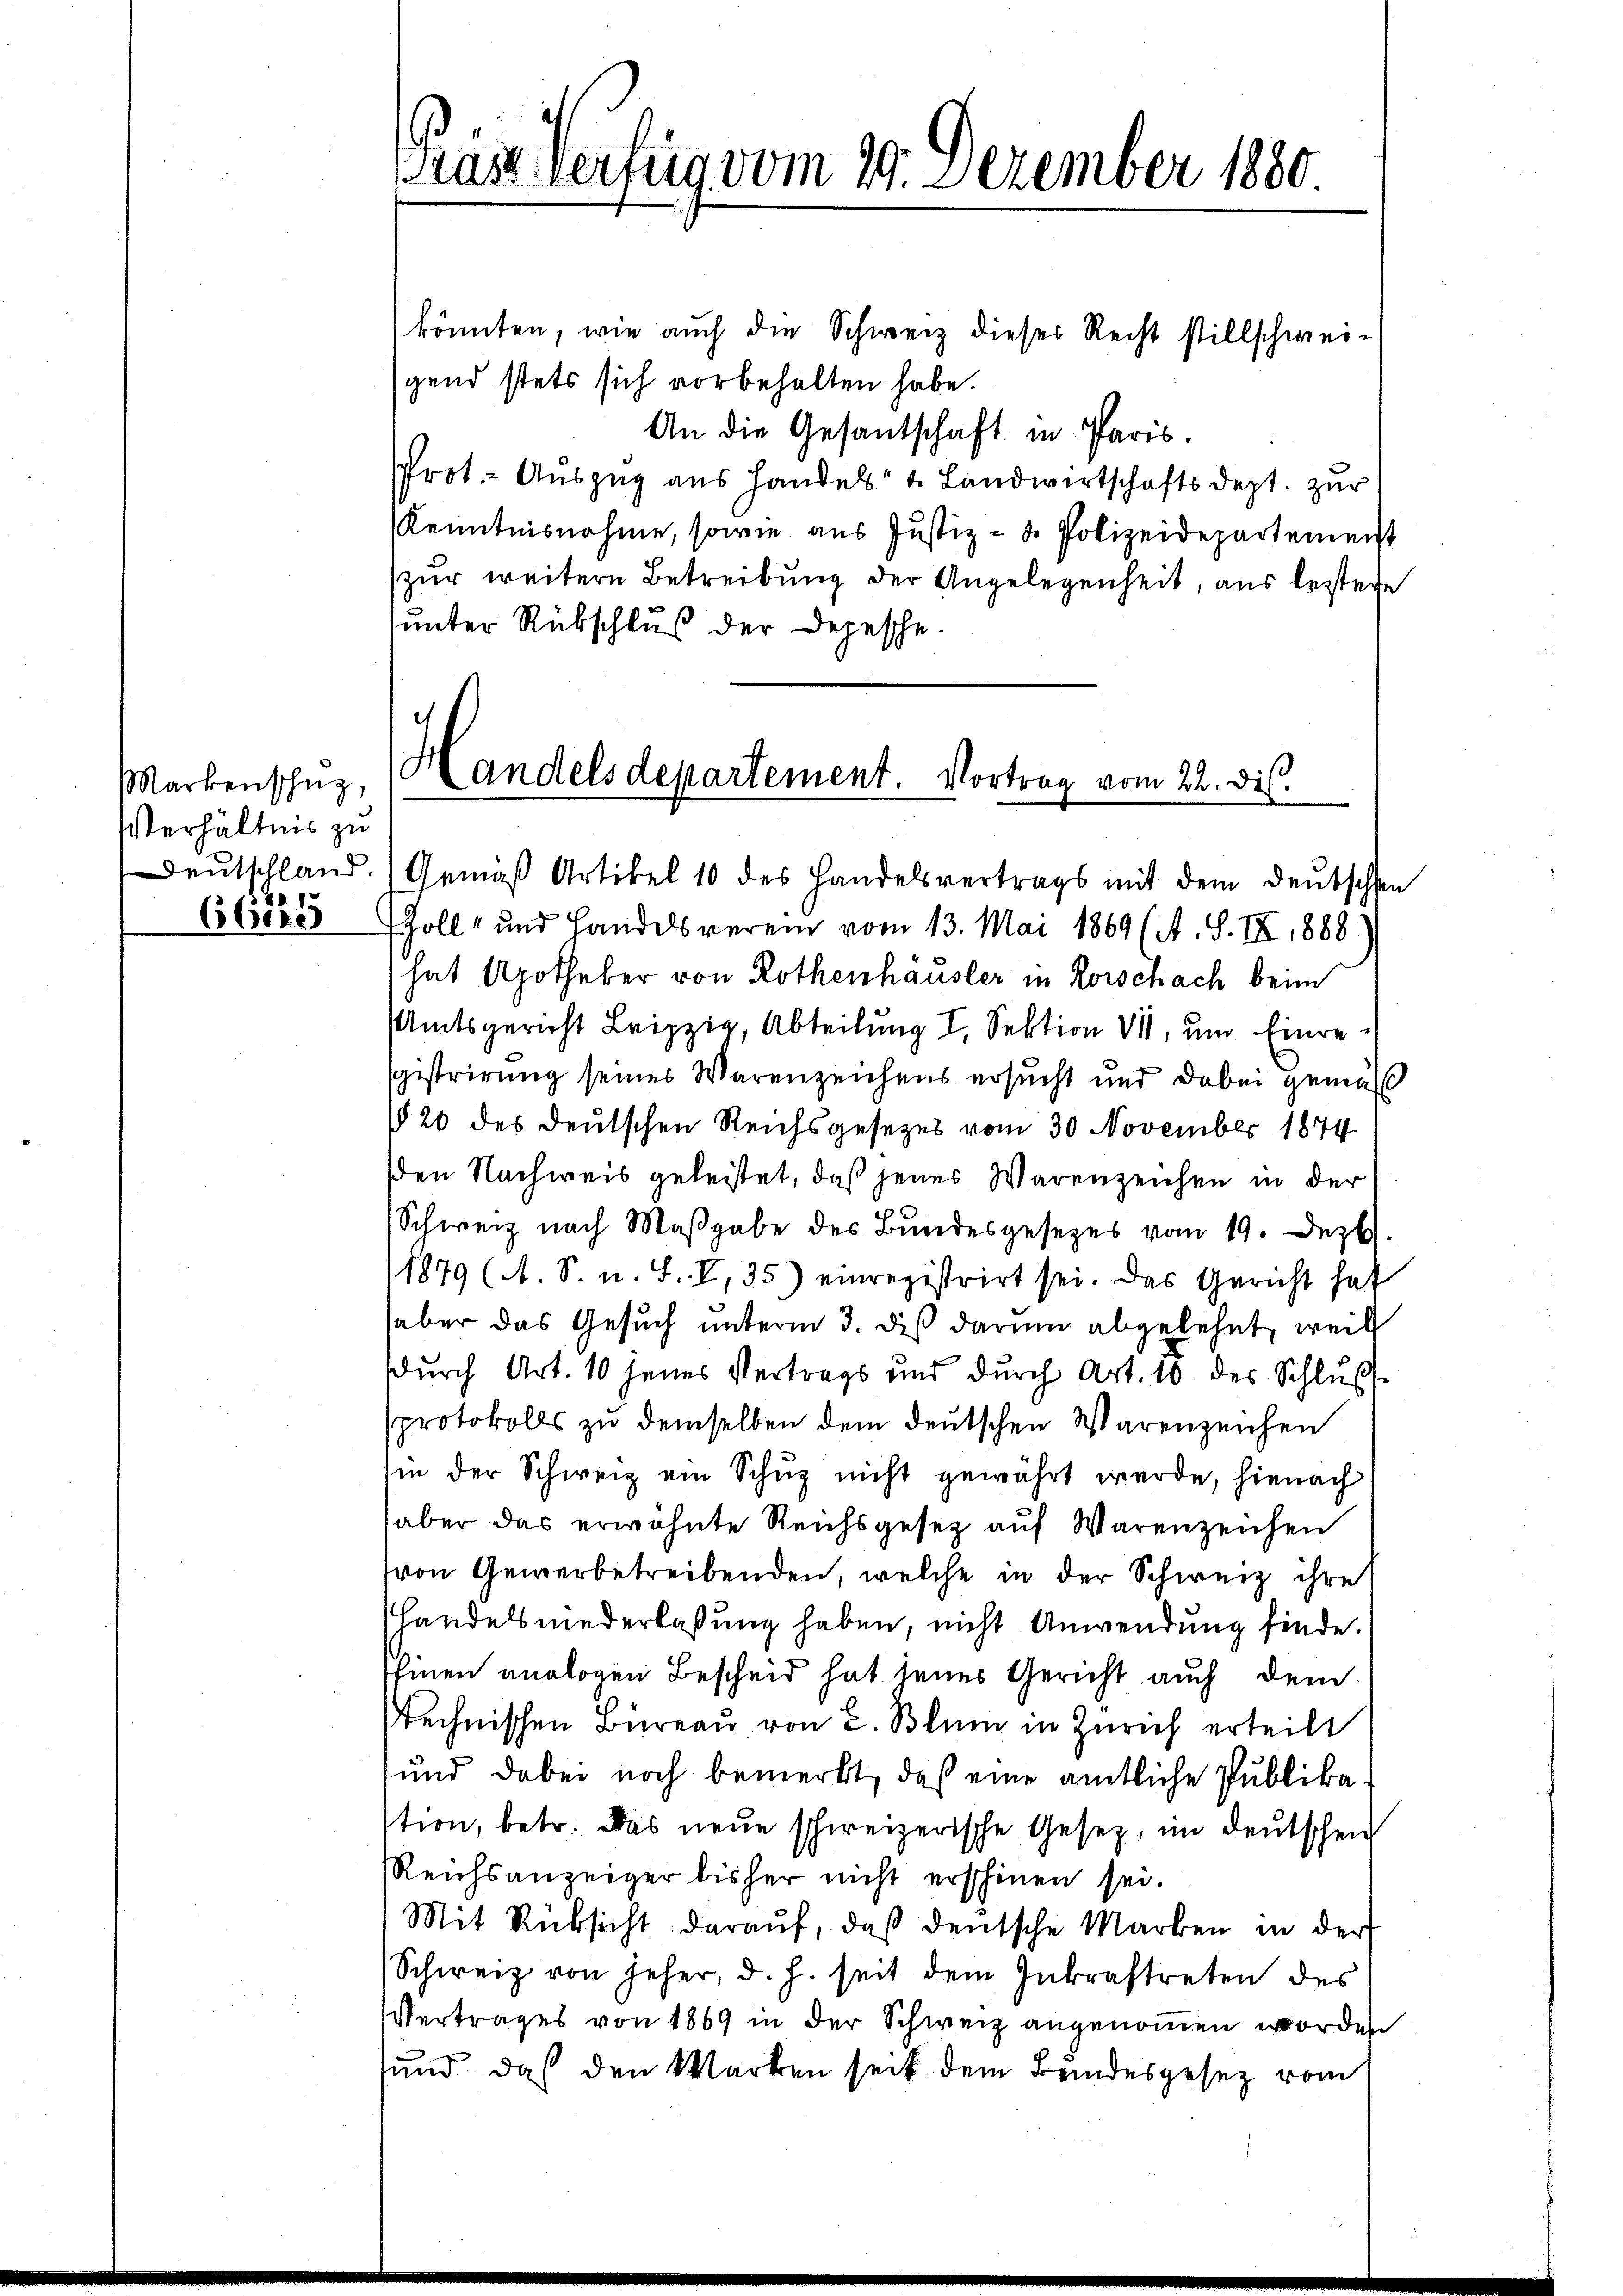
Markenschuz,
Verhältnis zu
66225

könnten, wie auch die Schweiz dieses Recht stillschwei-
gend stets sich vorbehalten habe.
An die Gesantschaft in Paris.
Prot. Auszug aus Handels- & Landwirtschaftsdept. zur
Kenntnisnahme, sowie aus Justiz- & Polizeidepartement
zur weitere Betreibung der Angelegenheit, aus leztere
sunter Rückschluß der Depesche.
Handelsdepartement. Vortrag vom 22. ds.

Präs. Verfug vom 29. Dezember 1880

Deutschland.) Gemäß Artikel 10 des Handelsvertrags mit dem deutschen
Zoll und Handelsverein vom 13. Mai 1869 (A. S. IX 1888
hat Apotheker von Rothenhäusler in Korschach beim
Amtsgericht. Sektion   Ein
gistrirung seines Warenzeichens ersucht und dabei gemäß
§§ 20 des deutschen Reichsgesezes vom 30. November 1874
sden Nachweis geleistet, daß jenes Warenzeichen in der
Schweiz nach Maßgabe des Bundesgesezes vom 19. Dez.
1879 (A. S. u. S. V, 35) einregistrirt sei. Das Gericht hat
haber das Gesuch unterm 3. dis darum abgelehnt, weil
Durch Art. 10 jenes Vertrags und durch Art. 10 des Schlŭβ
sprotokolls zu demselben dem deutschen Warenzeichen
sin der Schweiz ein Schuz nicht gewährt werde, hienach
aber das erwähnte Reichsgesez auf Warenzeichen
von Gewerbetreibenden, welche in der Schweiz ihre
Handels niederlaßung haben, nicht Anwendung finde.
Einen analogen Bescheid hat seines Gericht auch dem
technischen Büreau von 2. Blum in Zürich erteilt
und dabei noch bemerkt, daß eine amtliche Publika
stion, betr. das neue schweizerische Gesetz, im deutschen
Reichsanzeiger bisher nicht erschinen sei.
Mit Rücksicht daraŭf, daβ deutsche Marken in der
Schweiz von jeher, d. h. seit dem Inkraftreten des
Vertrages von 1869 in der Schweiz angenommen worden
sund, daß den Marken seit dem Bundesgesetz vom